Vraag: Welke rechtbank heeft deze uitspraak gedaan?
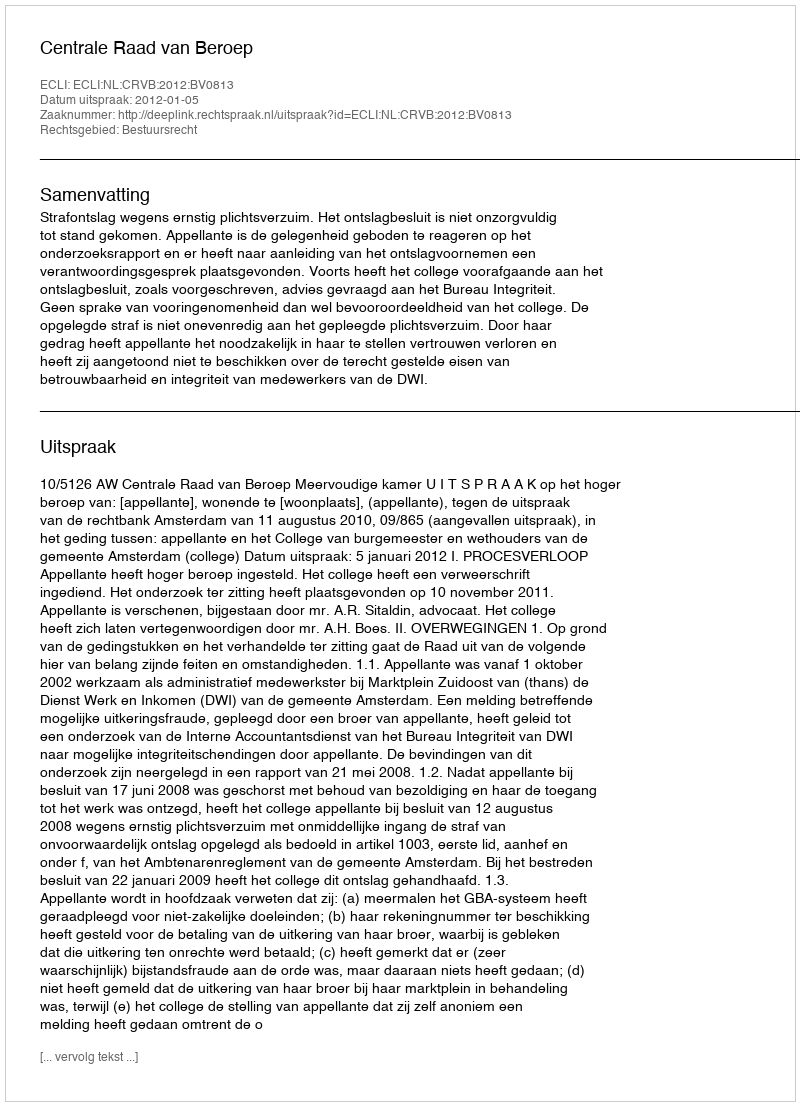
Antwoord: Centrale Raad van Beroep